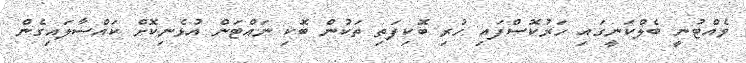
ވެއްޓުނީ ބެލްކަނީގައި ހަރުކޮސްފައި ހުރި ބޮކިފަތި ތަކުން ބޮކި ނައްޓަން އުޅެނިކޮށް ކައްސާލައިގެން